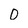
Character: 0